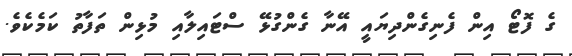
ގެ ފޮޓޯ އިން ފެނިގެންދިޔައީ އޭނާ ގެންގުޅޭ ސްޓައިލާއި މުޅިން ތަފާތު ކަމެކެވެ.